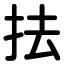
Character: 抾